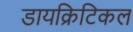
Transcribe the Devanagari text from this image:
डायक्रिटिकल